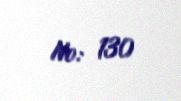
№: 130